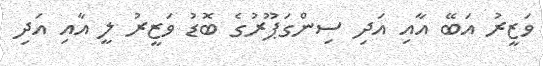
ވަޒީރު އަބޭ އާއި އަދި ސިންގަޕޫރުގެ ބޮޑު ވަޒީރު ލީ އާއި އަދި